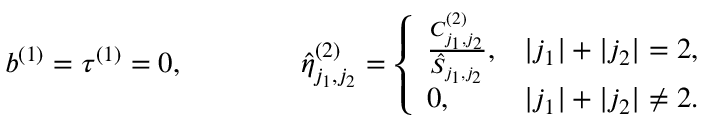
b ^ { ( 1 ) } = \tau ^ { ( 1 ) } = 0 , \qquad \qquad \hat { \eta } _ { j _ { 1 } , j _ { 2 } } ^ { ( 2 ) } = \left\{ \begin{array} { l l } { \frac { C _ { j _ { 1 } , j _ { 2 } } ^ { ( 2 ) } } { \hat { S } _ { j _ { 1 } , j _ { 2 } } } , } & { | j _ { 1 } | + | j _ { 2 } | = 2 , } \\ { 0 , } & { | j _ { 1 } | + | j _ { 2 } | \neq 2 . } \end{array} \right.